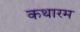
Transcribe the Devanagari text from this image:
कथारम